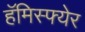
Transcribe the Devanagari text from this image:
हॅमिस्फ्येर